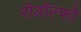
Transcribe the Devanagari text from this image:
रोडॉल्फो